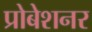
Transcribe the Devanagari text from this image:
प्रोबेशनर